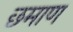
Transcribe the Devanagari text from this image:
छमाण